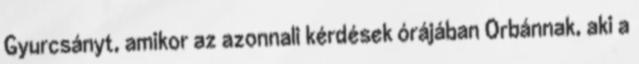
Gyurcsányt, amikor az azonnali kérdések órájában Orbánnak, aki a